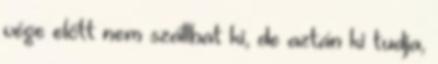
vége előtt nem szállhat ki, de aztán ki tudja,